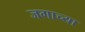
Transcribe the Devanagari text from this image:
जगाच्‍या